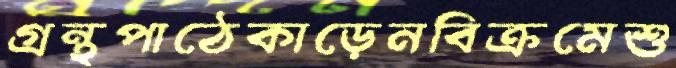
গ্রন্থপাঠেকাড়েনবিক্রমেশু